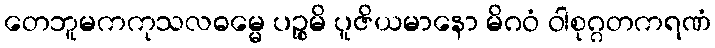
တေဘူမကကုသလဓမ္မေ ပဉ္စမိ ပူဇိယမာနော မိဂဝံ ဝါစုဂ္ဂတကရဏံ